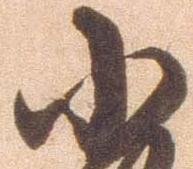
小